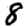
Digit: 8